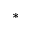
^ { * }